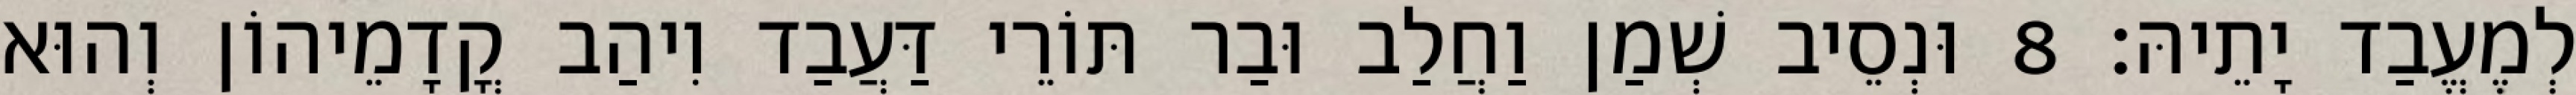
לְמֶעֱבַד יָתֵיהּ׃ 8 וּנְסֵיב שְׁמַן וַחֲלַב וּבַר תּוֹרֵי דַּעֲבַד וִיהַב קֳדָמֵיהוֹן וְהוּא